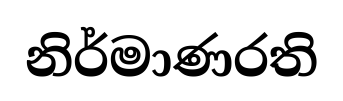
නිර්මාණරති